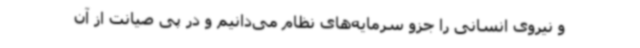
و نیروی انسانی را جزو سرمایه‌های نظام می‌دانیم و در پی صیانت از آن